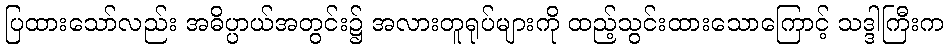
ပြထားသော်လည်း အဓိပ္ပာယ်အတွင်း၌ အလားတူရုပ်များကို ထည့်သွင်းထားသောကြောင့် သဒ္ဒါကြီးက